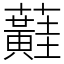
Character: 蘳